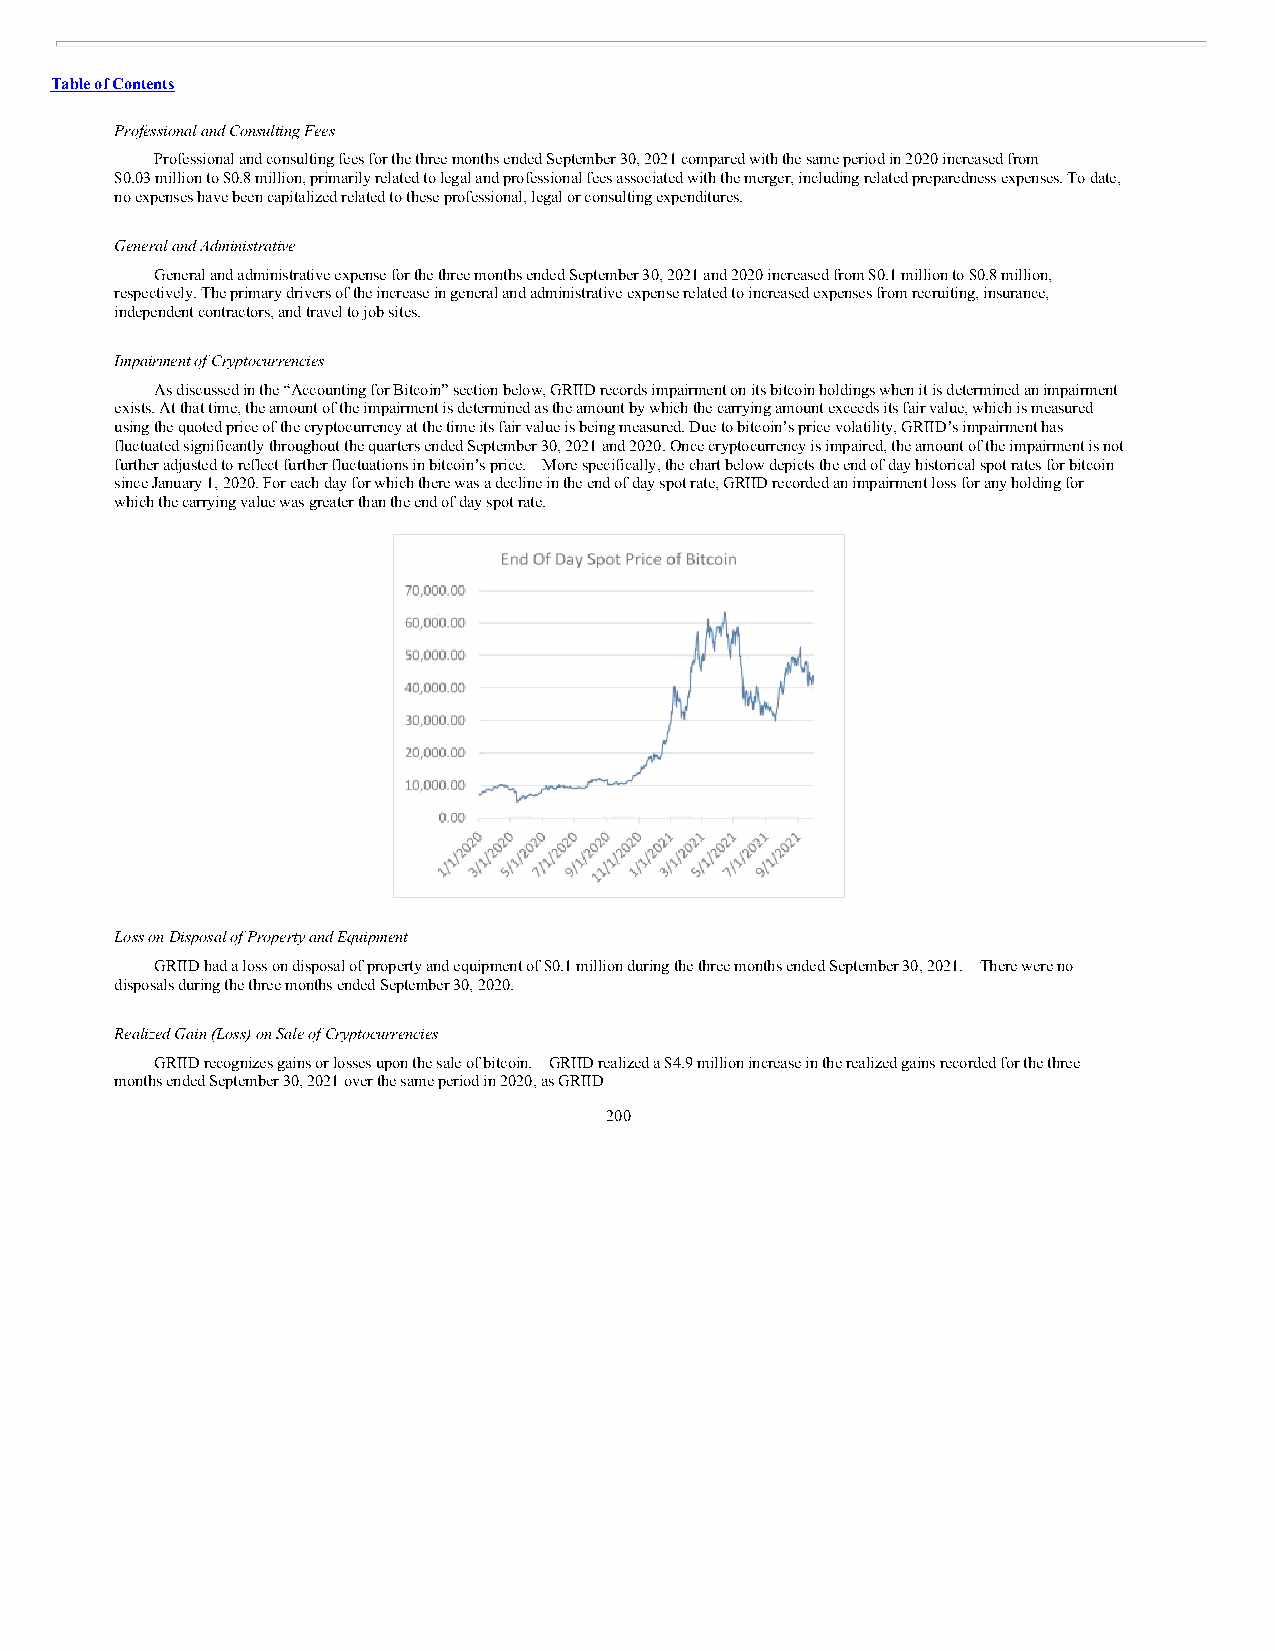
Table of Contents
 Professional and Consulting Fees
 Professional and consulting fees for the three months ended September 30, 2021 compared with the same period in 2020 increased from
 $0.03 million to $0.8 million, primarily related to legal and professional fees associated with the merger, including related preparedness expenses. To date,
 no expenses have been capitalized related to these professional, legal or consulting expenditures.
 General and Administrative
 General and administrative expense for the three months ended September 30, 2021 and 2020 increased from $0.1 million to $0.8 million,
 respectively. The primary drivers of the increase in general and administrative expense related to increased expenses from recruiting, insurance,
 independent contractors, and travel to job sites.
 Impairment of Cryptocurrencies
 As discussed in the “Accounting for Bitcoin” section below, GRIID records impairment on its bitcoin holdings when it is determined an impairment
 exists. At that time, the amount of the impairment is determined as the amount by which the carrying amount exceeds its fair value, which is measured
 using the quoted price of the cryptocurrency at the time its fair value is being measured. Due to bitcoin’s price volatility, GRIID’s impairment has
 fluctuated significantly throughout the quarters ended September 30, 2021 and 2020. Once cryptocurrency is impaired, the amount of the impairment is not
 further adjusted to reflect further fluctuations in bitcoin’s price. More specifically, the chart below depicts the end of day historical spot rates for bitcoin
 since January 1, 2020. For each day for which there was a decline in the end of day spot rate, GRIID recorded an impairment loss for any holding for
 which the carrying value was greater than the end of day spot rate.
 Loss on Disposal of Property and Equipment
 GRIID had a loss on disposal of property and equipment of $0.1 million during the three months ended September 30, 2021. There were no
 disposals during the three months ended September 30, 2020.
 Realized Gain (Loss) on Sale of Cryptocurrencies
 GRIID recognizes gains or losses upon the sale of bitcoin. GRIID realized a $4.9 million increase in the realized gains recorded for the three
 months ended September 30, 2021 over the same period in 2020, as GRIID
 200